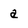
Character: a